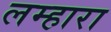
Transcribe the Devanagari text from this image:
लम्हारा